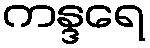
ကန္ဒရေ